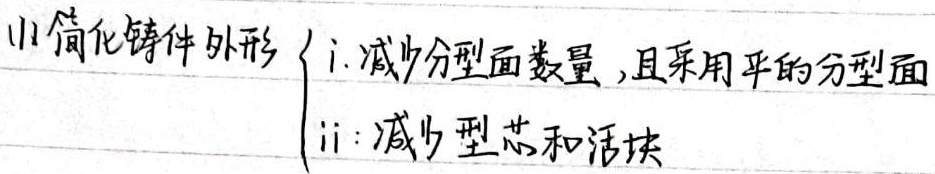
(1)简化铸件外形
\[
\begin{cases}
\text{i. 减少分型面数量，且采用平的分型面}\\
\text{ii. 减少型芯和活块}
\end{cases}
\]